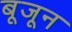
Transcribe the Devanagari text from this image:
बूजून